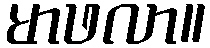
မာဖလာ။